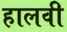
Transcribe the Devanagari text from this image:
हालवी